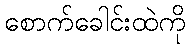
စောက်ခေါင်းထဲကို